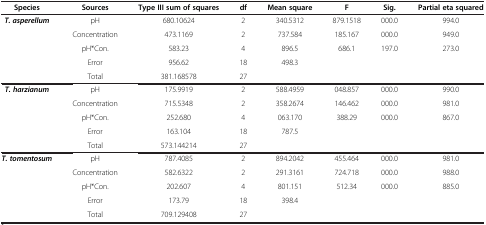
| Species | Sources | Type III sum of squares | df | Mean square | F | Sig. | Partial eta squared |
 | --- | --- | --- | --- | --- | --- | --- | --- |
 | <ROWSPAN=5> T. asperellum | pH | 680.10624 | 2 | 340.5312 | 879.1518 | 000.0 | 994.0 |
 | Concentration | 473.1169 | 2 | 737.584 | 185.167 | 000.0 | 949.0 |
 | pH*Con. | 583.23 | 4 | 896.5 | 686.1 | 197.0 | 273.0 |
 | Error | 956.62 | 18 | 498.3 |  |  |  |
 | Total | 381.168578 | 27 |  |  |  |  |
 | <ROWSPAN=5> T. harzianum | pH | 175.9919 | 2 | 588.4959 | 048.857 | 000.0 | 990.0 |
 | Concentration | 715.5348 | 2 | 358.2674 | 146.462 | 000.0 | 981.0 |
 | pH*Con. | 252.680 | 4 | 063.170 | 388.29 | 000.0 | 867.0 |
 | Error | 163.104 | 18 | 787.5 |  |  |  |
 | Total | 573.144214 | 27 |  |  |  |  |
 | <ROWSPAN=5> T. tomentosum | pH | 787.4085 | 2 | 894.2042 | 455.464 | 000.0 | 981.0 |
 | Concentration | 582.6322 | 2 | 291.3161 | 724.718 | 000.0 | 988.0 |
 | pH*Con. | 202.607 | 4 | 801.151 | 512.34 | 000.0 | 885.0 |
 | Error | 173.79 | 18 | 398.4 |  |  |  |
 | Total | 709.129408 | 27 |  |  |  |  |